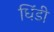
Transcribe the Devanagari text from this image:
धिंडी